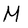
Character: M